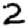
Digit: 2